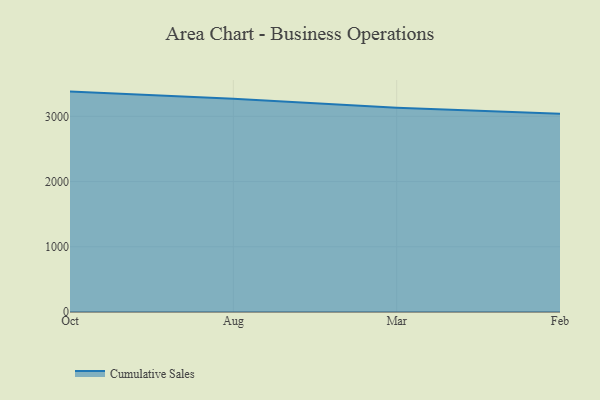
{"axis": {"x": "Month", "y": "Market Share (%)"}, "legend": ["Cumulative Sales"], "data": [{"x": "Oct", "y": 3378.7, "type": "Cumulative Sales"}, {"x": "Aug", "y": 3270.1, "type": "Cumulative Sales"}, {"x": "Mar", "y": 3132.2, "type": "Cumulative Sales"}, {"x": "Feb", "y": 3041.0, "type": "Cumulative Sales"}]}